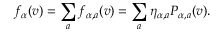
f _ { \alpha } ( \boldsymbol { v } ) = \sum _ { a } f _ { \alpha , a } ( \boldsymbol { v } ) = \sum _ { a } \eta _ { \alpha , a } P _ { \alpha , a } ( \boldsymbol { v } ) .